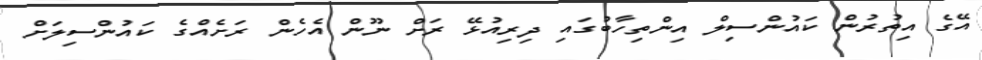
އޭގެ އިތުރުން ކައުންސިލް އިންތިހާބުގައި ދިރިއުޅޭ ރަށް ނޫން އެހެން ރަށެއްގެ ކައުންސިލަށް